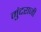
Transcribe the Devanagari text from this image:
मुंदराजी